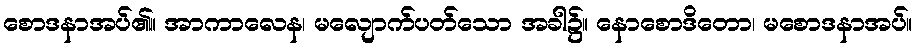
စောဒနာအပ်၏။ အာကာလေန၊ မလျောက်ပတ်သော အခါ၌။ နောစောဒိတော၊ မစောဒနာအပ်။